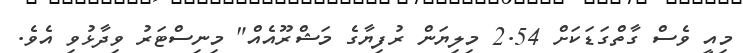
މިއީ ވެސް ގާތްގަޑަކަށް 2.54 މިލިޔަން ރުފިޔާގެ މަޝްރޫއެއް" މިނިސްޓަރު ވިދާޅުވި އެވެ.